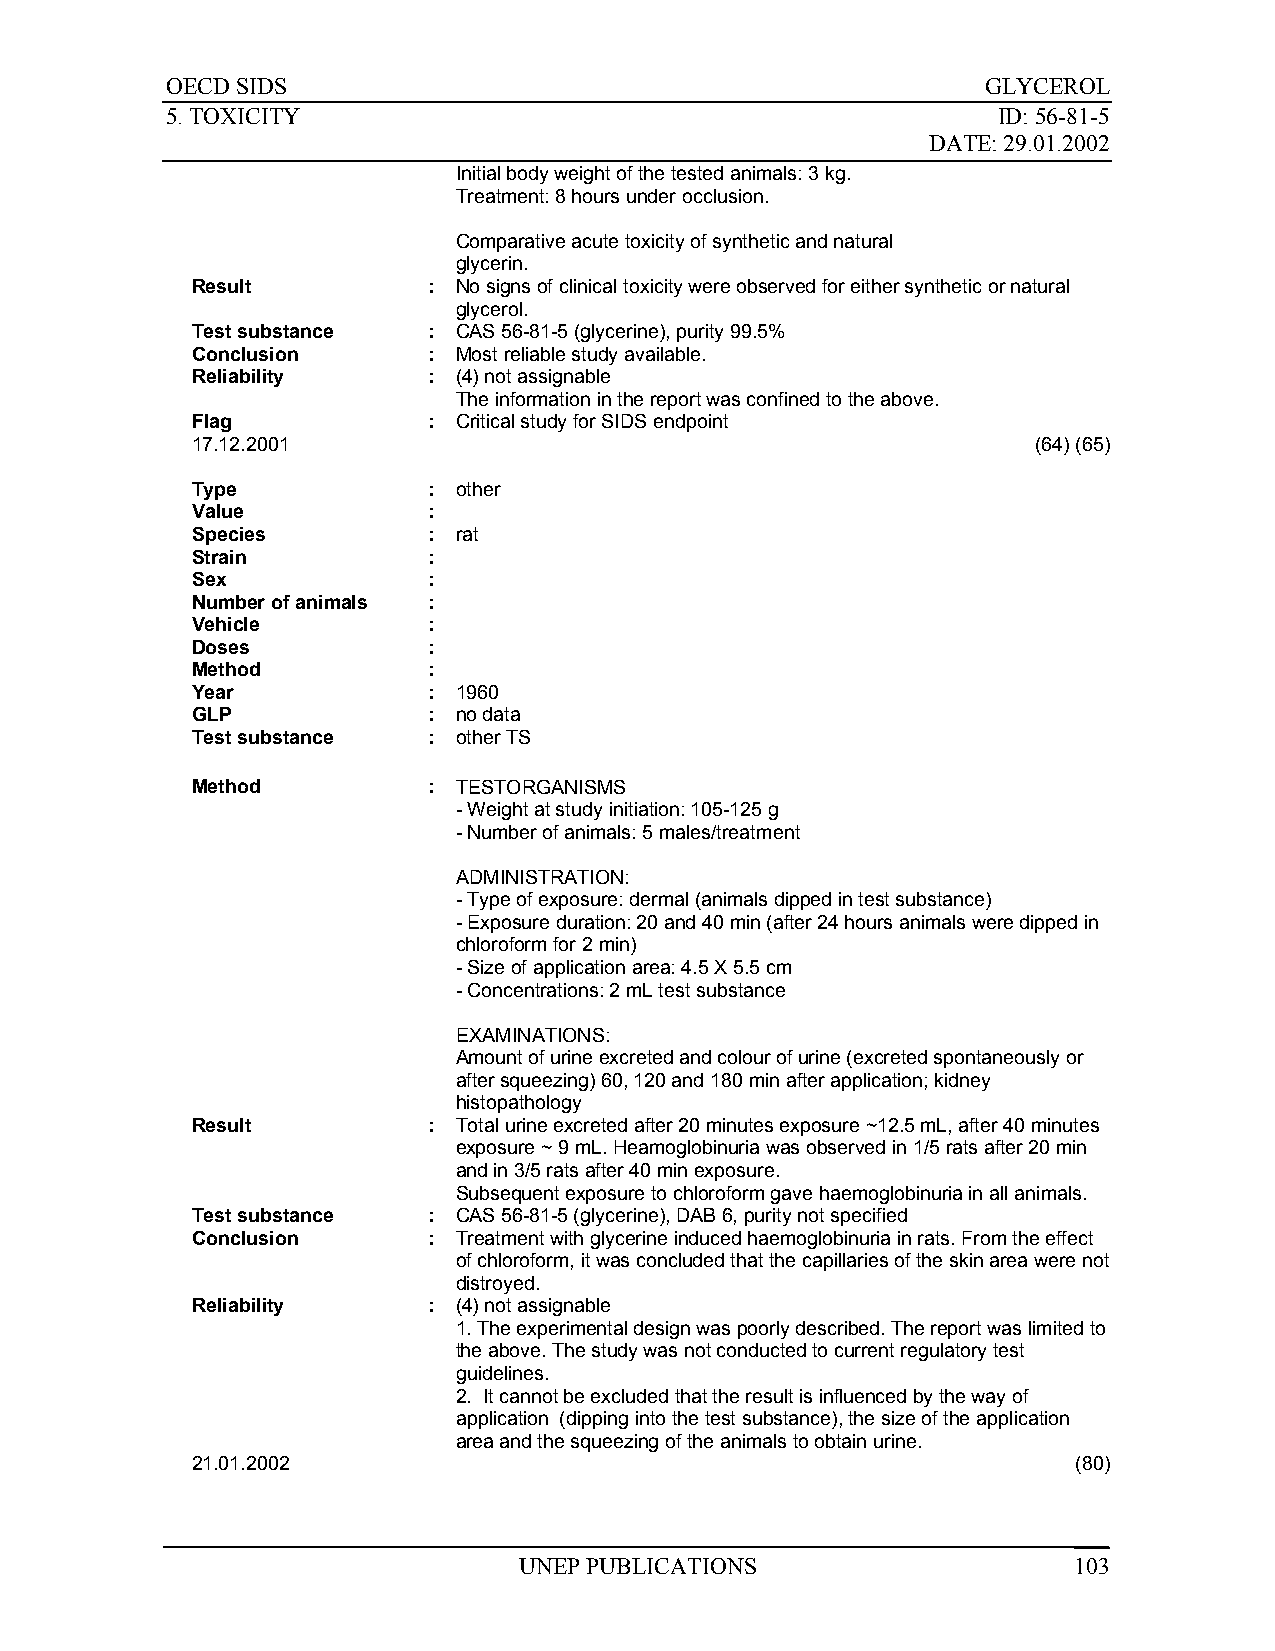
OECD SIDS                                             GLYCEROL
 5. TOXICITY                                            ID: 56-81-5
 DATE: 29.01.2002
 Initial body weight of the tested animals: 3 kg.
 Treatment: 8 hours under occlusion.
 Comparative acute toxicity of synthetic and natural
 glycerin.
 Result         : No signs of clinical toxicity were observed for either synthetic or natural
 glycerol.
 Test substance : CAS 56-81-5 (glycerine), purity 99.5%
 Conclusion     : Most reliable study available.
 Reliability    : (4) not assignable
 The information in the report was confined to the above.
 Flag           : Critical study for SIDS endpoint
 17.12.2001                                              (64) (65)
 Type           : other
 Value          :
 Species        : rat
 Strain         :
 Sex            :
 Number of animals :
 Vehicle        :
 Doses          :
 Method         :
 Year           : 1960
 GLP            : no data
 Test substance : other TS
 Method         : TESTORGANISMS
 - Weight at study initiation: 105-125 g
 - Number of animals: 5 males/treatment
 ADMINISTRATION:
 - Type of exposure: dermal (animals dipped in test substance)
 - Exposure duration: 20 and 40 min (after 24 hours animals were dipped in
 chloroform for 2 min)
 - Size of application area: 4.5 X 5.5 cm
 - Concentrations: 2 mL test substance
 EXAMINATIONS:
 Amount of urine excreted and colour of urine (excreted spontaneously or
 after squeezing) 60, 120 and 180 min after application; kidney
 histopathology
 Result         : Total urine excreted after 20 minutes exposure ~12.5 mL, after 40 minutes
 exposure ~ 9 mL. Heamoglobinuria was observed in 1/5 rats after 20 min
 and in 3/5 rats after 40 min exposure.
 Subsequent exposure to chloroform gave haemoglobinuria in all animals.
 Test substance : CAS 56-81-5 (glycerine), DAB 6, purity not specified
 Conclusion     : Treatment with glycerine induced haemoglobinuria in rats. From the effect
 of chloroform, it was concluded that the capillaries of the skin area were not
 distroyed.
 Reliability    : (4) not assignable
 1. The experimental design was poorly described. The report was limited to
 the above. The study was not conducted to current regulatory test
 guidelines.
 2. It cannot be excluded that the result is influenced by the way of
 application (dipping into the test substance), the size of the application
 area and the squeezing of the animals to obtain urine.
 21.01.2002                                                (80)
 UNEP PUBLICATIONS                    103